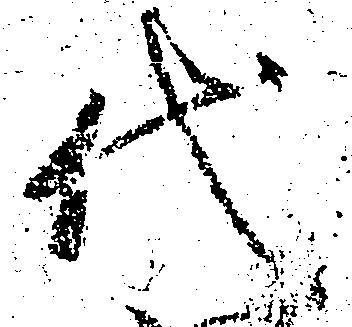
代